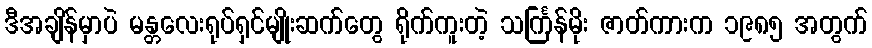
ဒီအချိန်မှာပဲ မန္တလေးရုပ်ရှင်မျိုးဆက်တွေ ရိုက်ကူးတဲ့ သင်္ကြန်မိုး ဇာတ်ကားက ၁၉၈၅ အတွက်